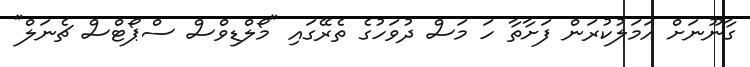
ގާނޫނަށް އަމަލުކުރަން ފަށާތާ ހަ މަސް ދުވަހުގެ ތެރޭގައި "މޯލްޑިވްސް ސްޕޯޓްސް ޗެނަލް"